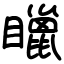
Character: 䁽